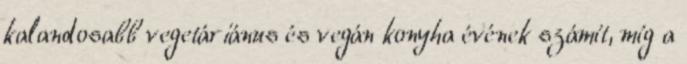
kalandosabb vegetáriánus és vegán konyha évének számít, míg a